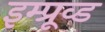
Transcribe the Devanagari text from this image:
इम्प्रूव्ड